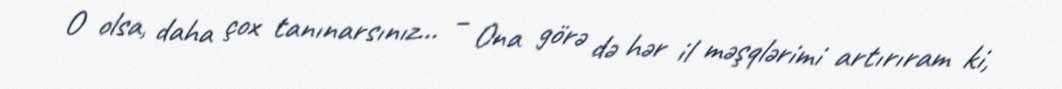
O olsa, daha çox tanınarsınız... – Ona görə də hər il məşqlərimi artırıram ki,